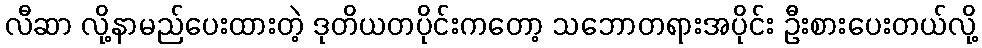
လီဆာ လို့နာမည်ပေးထားတဲ့ ဒုတိယတပိုင်းကတော့ သဘောတရားအပိုင်း ဦးစားပေးတယ်လို့